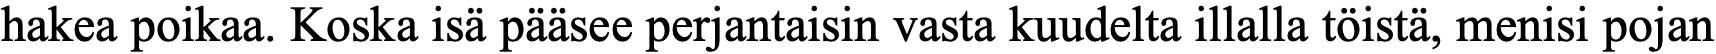
hakea poikaa. Koska isä pääsee perjantaisin vasta kuudelta illalla töistä, menisi pojan